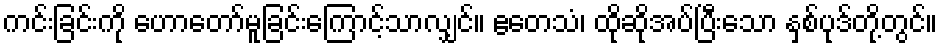
ကင်းခြင်းကို ဟောတော်မူခြင်းကြောင့်သာလျှင်။ ဧတေသံ၊ ထိုဆိုအပ်ပြီးသော နှစ်ပုဒ်တို့တွင်။